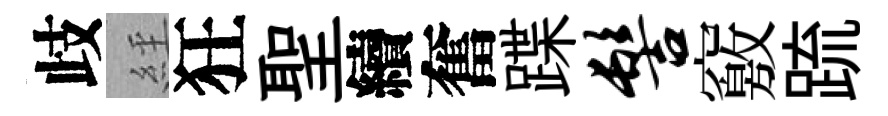
歧𦀇狂聖續奮蹀髻竅䟽